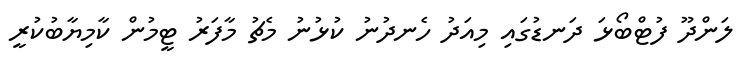
ލަންދޫ ފުޓްބޯޅަ ދަނޑުގައި މިއަދު ހެނދުނު ކުޅުނު މެޗު މާފަރު ޓީމުން ކާމިޔާބުކުރީ